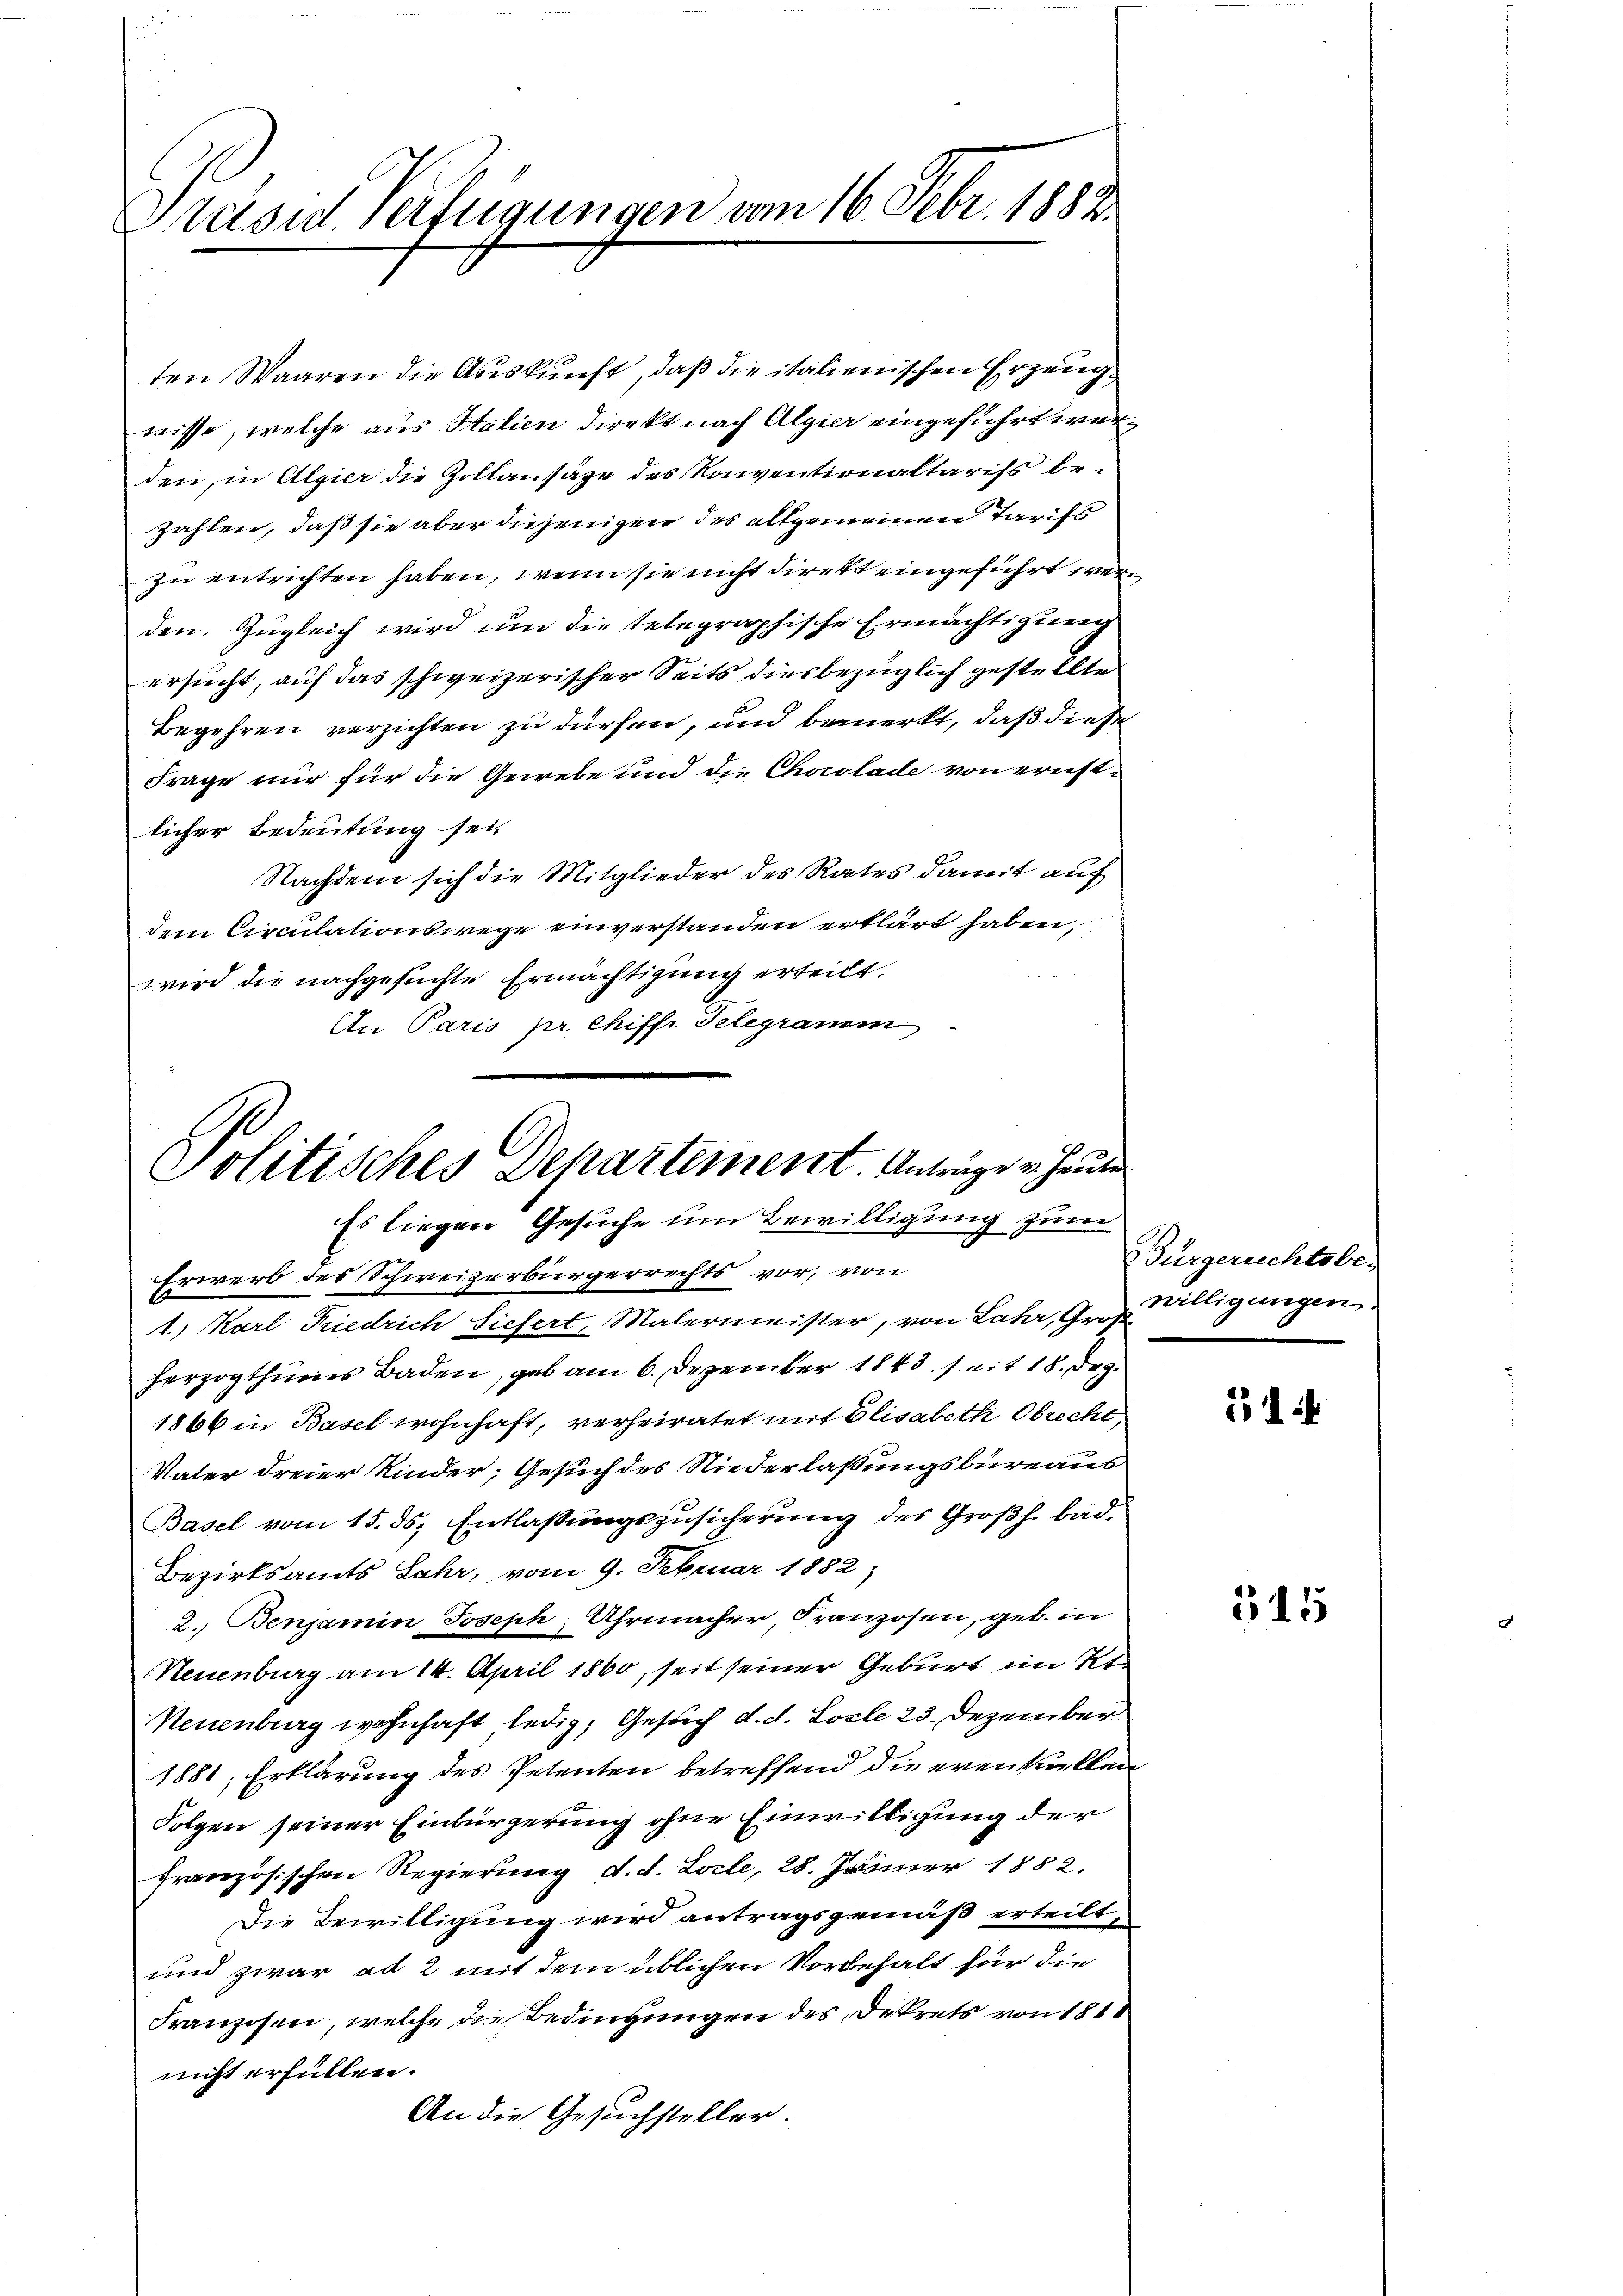
Präsid. Verfügungen vom 16. Febr. 1882.

ten Waaren die Auskunft, daß die italienischen Erzeugwisse, welche aus Italien direkt nach Algier eingeführt werden, in Algier die Zollansähe des Konventionaltariss bezahlen, daß sie aber diejenigen des allgemeinen Tarifs
zu entrichten haben, wenn sie nicht direkt eingeführt wer
den. Zugleich wird um die telegraphische Ermächtigung
ersucht, auf das schweizerischer Seits diesbezüglich gestellte
Begehren verzichten zu dürfen, und bemerkt, daß diese
Frage mir für die Gewebe und die Chocolade von ernstlicher Bedeutung sei.
Nachdem sich die Mitglieder des Rates damit auf
dem Circulationswege einverstanden erklärt haben,
wird die nachgesuchte Ermächtigung erteilt.
An Paris pr. Chiffr. Telegramm

Politisches Departement. Anträge u. heute
Es liegen Gesuche um Bewilligung zum
Erwerb des Schweizerbürgerrechts vor, von

1) Karl Friedrich Siefert, Malermeister, von Jahr, Gr. Willigungen
herzogthums Baden, gab am 6. Dezember 1843, seit 18. Dez.
1866 in Basel wohnhaft, verheiratet mit Elisabeth Obrecht
Vater dreier Kinder, Gesuch des Niederlaßungsbüreaus
Basel vom 15. ds. Entlassungszusicherung des Großh. bad.
Bezirksamts Jahr, vom 9. Februar 1882,
2. Benjamin Joseph, Uhrmacher, Franzosen, geb. in
Neuenburg am 14. April 1860, seit seiner Geburt im Kt.
Neuenburg wohnhaft ledig, Gesuch d. d. Losle 23. Dezember
1881, Erklärung des Petenten betreffend die eventuellen
Folgen seiner Einbürgerung ohne Einwilligung der
französischen Regierung d. d. Loile, 28. Jänner 1882.
Die Bewilligung wird antragsgemäß erteilt,
und zwar ad 2 mit dem üblichen Vorbehalt für die
Franzosen, welche die Bedingungen des Dekrets von 181
nicht erfüllen.
An die Gesuchsteller.

Bürgerrechtsbe-

2144

515